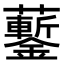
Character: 𧅀